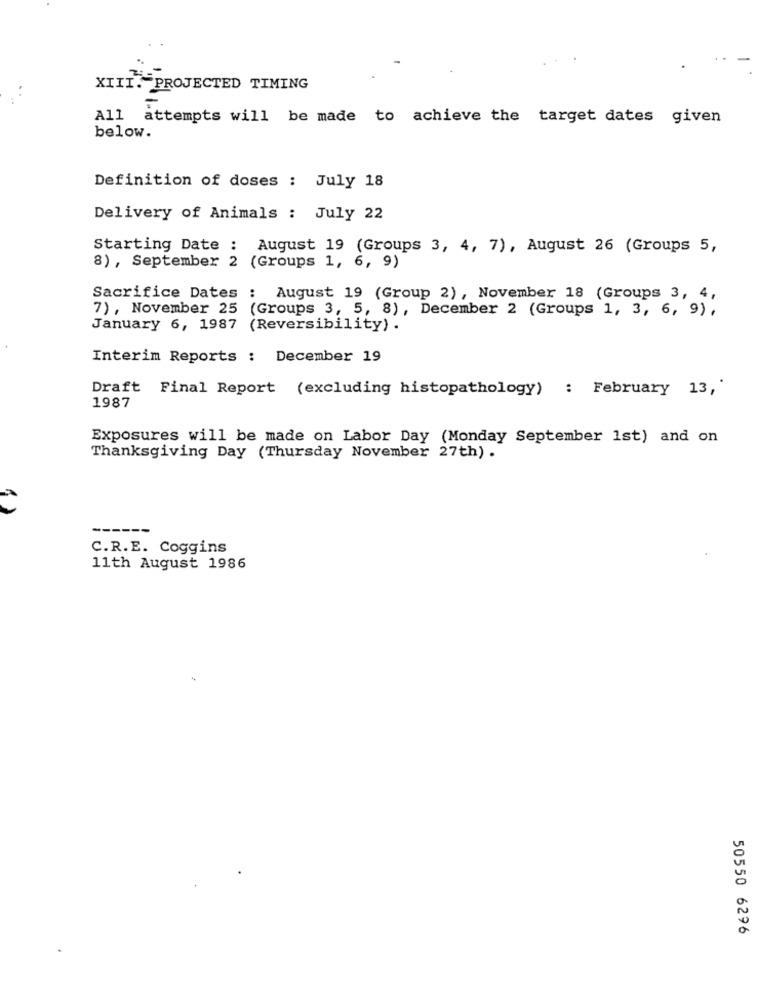
XIII. PROJECTED TIMING
All attempts will be made to achieve the target dates given
below.
Definition of doses : July 18
Delivery of Animals : July 22
Starting Date : August 19 (Groups 3, 4, 7), August 26 (Groups 5,
8) , September 2 (Groups 1, 6, 9)
Sacrifice Dates : August 19 (Group 2), November 18 (Groups 3, 4,
7), November 25 (Groups 3, 5, 8), December 2 (Groups 1, 3, 6, 9) ,
January 6, 1987 (Reversibility) .
Interim Reports : December 19
Draft Final Report (excluding histopathology) : February 13,"
1987
Exposures will be made on Labor Day (Monday September 1st) and on
Thanksgiving Day (Thursday November 27th) .
C.R.E. Coggins
11th August 1986
50550 6296